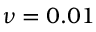
\nu = 0 . 0 1